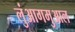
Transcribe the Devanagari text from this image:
लुंआगमुआल